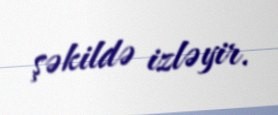
şəkildə izləyir.